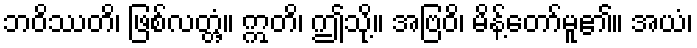
ဘဝိဿတိ၊ ဖြစ်လတ္တံ့။ ဣတိ၊ ဤသို့။ အဗြဝိ၊ မိန့်တော်မူ၏။ အယံ၊